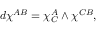
d \chi ^ { A B } = \chi _ { C } ^ { A } \wedge \chi ^ { C B } ,